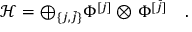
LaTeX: { \mathcal H } = \oplus _ { \{ j , \bar { j } \} } \Phi ^ { [ j ] } \otimes \Phi ^ { [ \bar { j } ] } \quad .